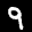
Label: 9